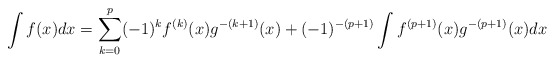
\begin{align*} \int{f(x)dx} = \sum_{k=0}^p (-1)^k f^{(k)}(x)g^{-(k+1)}(x) +(-1)^{-(p+1)}\int{f^{(p+1)}(x)g^{-(p+1)}(x)dx}\end{align*}